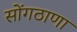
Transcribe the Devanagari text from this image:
सोंगठाणा